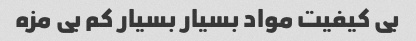
بی کیفیت مواد بسیار بسیار کم بی مزه